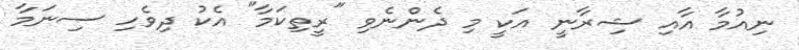
ނިއުމާ އާއި ޝިރާނީ އަކީ މި ދެންނެވި "ރީތިކަމާ" އެކު ދިވެހި ސިނަމާ